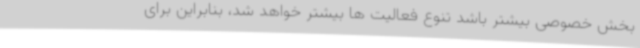
بخش خصوصی بیشتر باشد تنوع فعالیت ها بیشتر خواهد شد، بنابراین برای